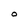
Character: O